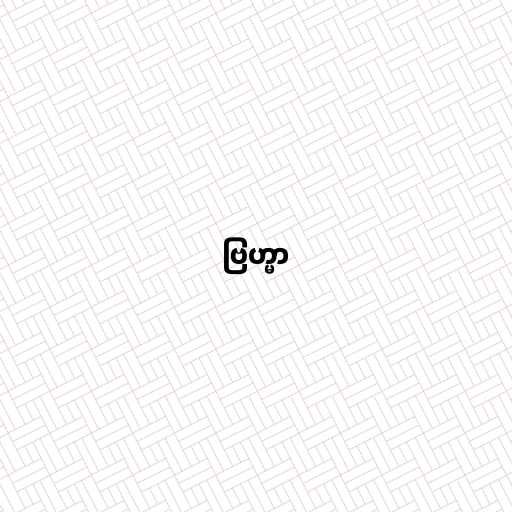
ဗြဟ္မာ